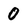
Character: 0